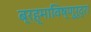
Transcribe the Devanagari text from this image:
ब्रह्माविष्णुरुद्रा